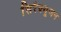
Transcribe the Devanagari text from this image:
सिरैक्यूजन